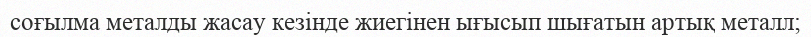
соғылма металды жасау кезінде жиегінен ығысып шығатын артық металл;